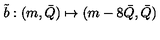
\tilde { b } : ( m , \bar { Q } ) \mapsto ( m - 8 \bar { Q } , \bar { Q } )